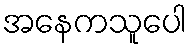
အနေကသူပေါ